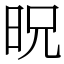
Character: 㫛